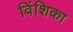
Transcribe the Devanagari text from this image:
विंशिका